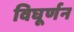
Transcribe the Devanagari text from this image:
विघूर्णन